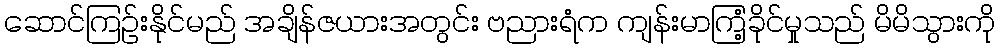
ဆောင်ကြဉ်းနိုင်မည် အချိန်ဇယားအတွင်း ဗညားရံက ကျန်းမာကြံ့ခိုင်မှုသည် မိမိသွားကို